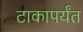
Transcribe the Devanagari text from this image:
टाकापर्यंत